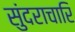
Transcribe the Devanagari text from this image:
सुंदराचारि